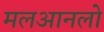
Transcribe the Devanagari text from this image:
मलआनलो